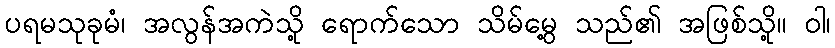
ပရမသုခုမံ၊ အလွန်အကဲသို့ ရောက်သော သိမ်မွေ့ သည်၏ အဖြစ်သို့။ ဝါ၊